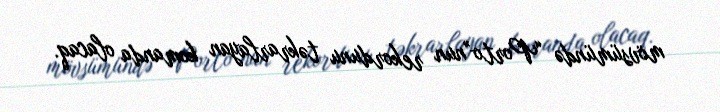
mövsümündə “Porto”nun rekordunu təkrarlayan komanda olacaq.